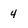
Character: 4